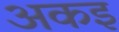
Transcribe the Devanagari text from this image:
अकइ